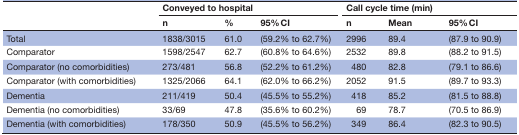
| <ROWSPAN=2>  | <COLSPAN=3> Conveyed to hospital | <COLSPAN=3> Call cycle time (min) |
 | n | % | 95% CI | n | Mean | 95% CI |
 | --- | --- | --- | --- | --- | --- | --- |
 | Total | 1838/3015 | 61.0 | (59.2% to 62.7%) | 2996 | 89.4 | (87.9 to 90.9) |
 | Comparator | 1598/2547 | 62.7 | (60.8% to 64.6%) | 2532 | 89.8 | (88.2 to 91.5) |
 | Comparator (no comorbidities) | 273/481 | 56.8 | (52.2% to 61.2%) | 480 | 82.8 | (79.1 to 86.6) |
 | Comparator (with comorbidities) | 1325/2066 | 64.1 | (62.0% to 66.2%) | 2052 | 91.5 | (89.7 to 93.3) |
 | Dementia | 211/419 | 50.4 | (45.5% to 55.2%) | 418 | 85.2 | (81.5 to 88.8) |
 | Dementia (no comorbidities) | 33/69 | 47.8 | (35.6% to 60.2%) | 69 | 78.7 | (70.5 to 86.9) |
 | Dementia (with comorbidities) | 178/350 | 50.9 | (45.5% to 56.2%) | 349 | 86.4 | (82.3 to 90.5) |